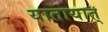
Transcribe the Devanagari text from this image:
यातायात्